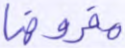
مفروضا